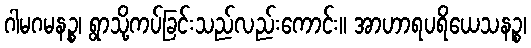
ဂါမဂမနဉ္စ၊ ရွာသို့ကပ်ခြင်းသည်လည်းကောင်း။ အာဟာရပရိယေသနဉ္စ၊